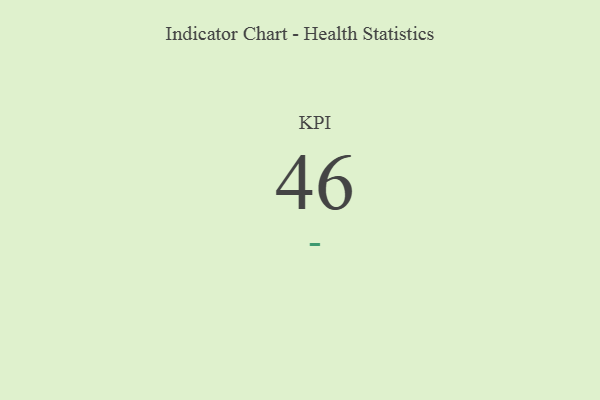
{"axis": {"x": "KPI", "y": "Value"}, "legend": [""], "data": [{"x": "KPI", "y": 46, "type": ""}]}